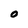
Character: O